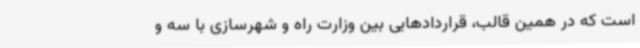
است که در همین قالب، قراردادهایی‌ بین وزارت راه و شهرسازی با سه و